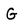
Character: G